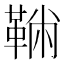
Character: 𩋇